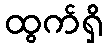
ထွက်ရှိ